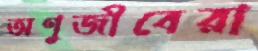
অণুজীবেরা